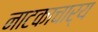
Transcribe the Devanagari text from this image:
नाटकाचार्य